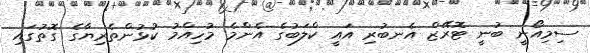
ސިމިއޯނީ ބުނީ ޓޮރޭޒް އެނބުރި އައީ ކްލަބުގެ އެންމެ މުހިއްމު ކުޅުންތެރިޔާގެ ގޮތުގައި